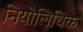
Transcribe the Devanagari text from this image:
नियोलिथिक